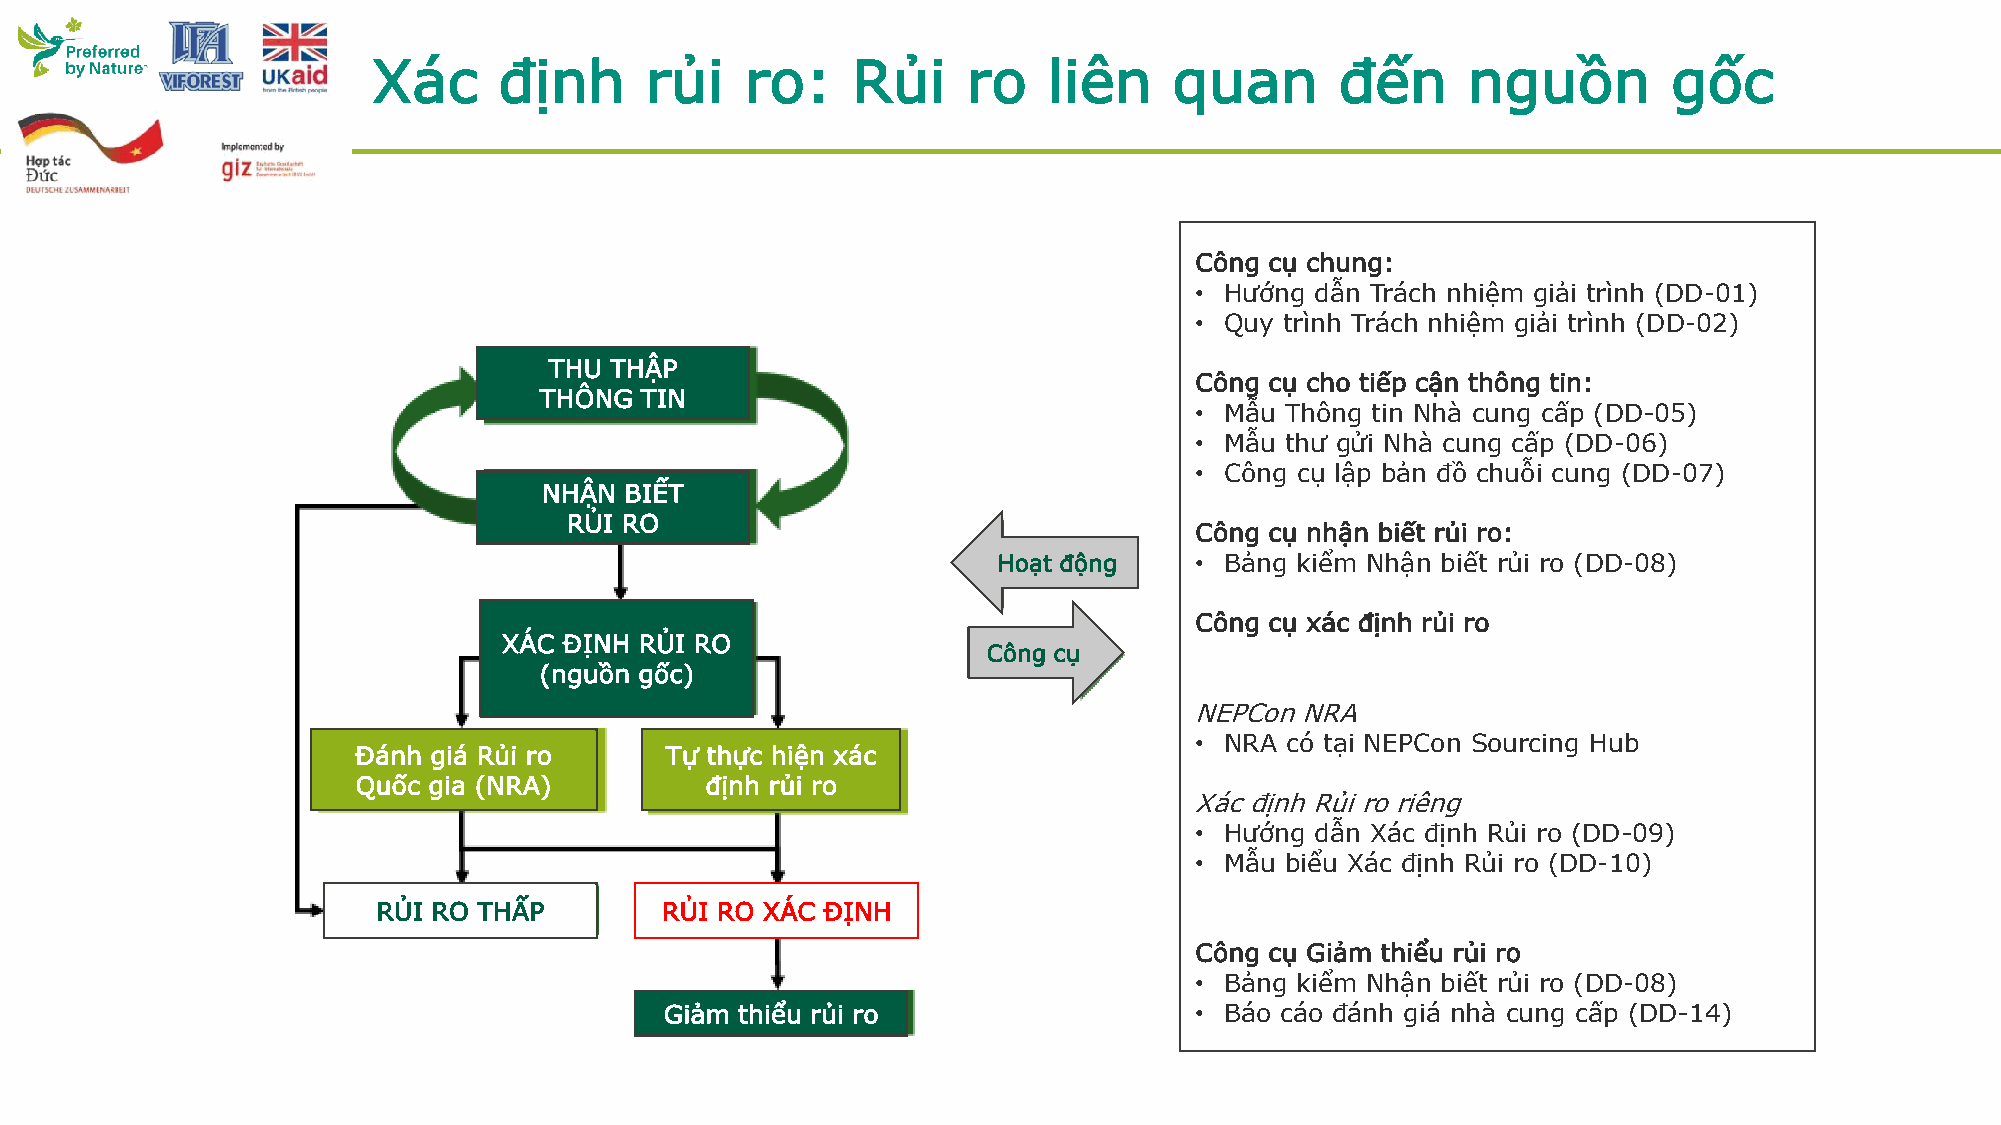
Xác     định      rủi   ro:    Rủi     ro   liên     quan       đến     nguồn         gốc
 Công cụ chung:
 • Hướng dẫn Trách nhiệm giải trình (DD-01)
 • Quy trình Trách nhiệm giải trình (DD-02)
 THU THẬP
 Công cụ cho tiếp cận thông tin:
 THÔNG TIN
 • Mẫu Thông tin Nhà cung cấp (DD-05)
 • Mẫu thư gửi Nhà cung cấp (DD-06)
 • Công cụ lập bản đồ chuỗi cung (DD-07)
 NHẬN BIẾT
 RỦI RO
 Công cụ nhận biết rủi ro:
 Hoạt động    • Bảng kiểm Nhận biết rủi ro (DD-08)
 Công cụ xác định rủi ro
 XÁC ĐỊNH RỦI RO
 Công cụ
 (nguồn gốc)
 NEPConNRA
 • NRA có tại NEPCon Sourcing Hub
 Đánh giá Rủi ro     Tự thực hiện xác
 Quốc gia (NRA)         định rủi ro
 XácđịnhRủiroriêng
 • Hướng dẫn Xác định Rủi ro (DD-09)
 • Mẫu biểu Xác định Rủi ro (DD-10)
 RỦI RO THẤP        RỦI RO XÁC ĐỊNH
 Công cụ Giảm thiểu rủi ro
 • Bảng kiểm Nhận biết rủi ro (DD-08)
 Giảm thiểu rủi ro                  • Báo cáo đánh giá nhà cung cấp (DD-14)